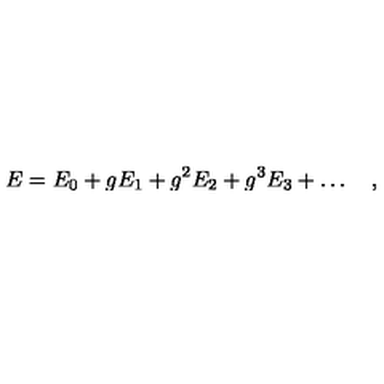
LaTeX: E = E _ { 0 } + g E _ { 1 } + g ^ { 2 } E _ { 2 } + g ^ { 3 } E _ { 3 } + \ldots \quad ,